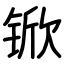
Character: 锨